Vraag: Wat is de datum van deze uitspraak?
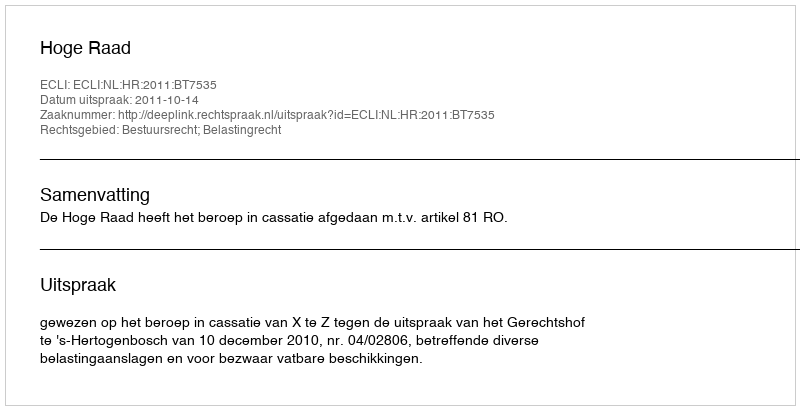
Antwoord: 2011-10-14